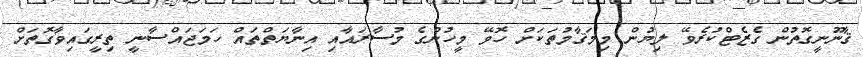
ޤާނޫނީގޮތުން ގެޒެޓްކުރެވޭ ލިޔުން މިމަޤާމުތަކަށް ހޮވޭ މީހުންގެ މުސާރައާއި އިނާޔަތްތައް ހަމަޖައްސާނީ ތިރީގައިވާގޮތަށް